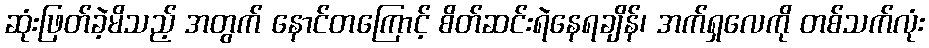
ဆုံးဖြတ်ခဲ့မိသည့် အတွက် နောင်တကြောင့် စိတ်ဆင်းရဲနေရချိန်၊ အက်ရှလေကို တစ်သက်လုံး